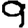
Digit: 9